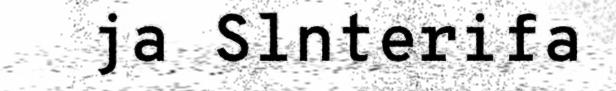
ja Slnterifa